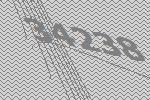
34238